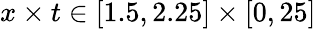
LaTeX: x\times t\in[1.5,2.25]\times[0,25]